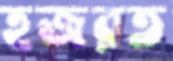
হজরত